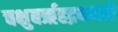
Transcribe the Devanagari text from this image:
चक्षुबरृहद्रथन्तरे